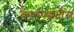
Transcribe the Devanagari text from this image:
कार्यपद्धतीस